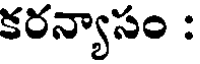
కరన్యాసం :